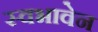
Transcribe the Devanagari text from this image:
स्वभावेन